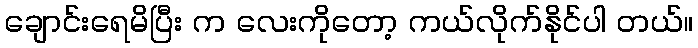
ချောင်းရေမိပြီး က လေးကိုတော့ ကယ်လိုက်နိုင်ပါ တယ်။